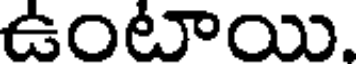
ఉంటాయి.